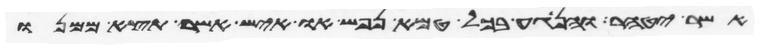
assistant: אשר יטהר והנגע בכל טמא נפש או איש אשר תצא ממנו